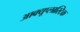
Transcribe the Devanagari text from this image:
आक्यूप्लास्टिक